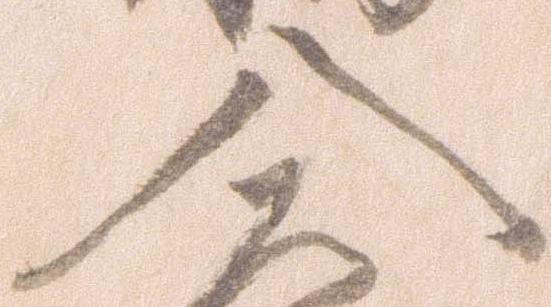
入